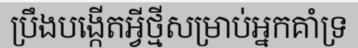
ប្រឹងបង្កើតអ្វីថ្មីសម្រាប់អ្នកគាំទ្រ